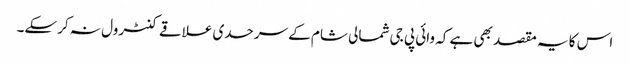
اس کا یہ مقصد بھی ہے کہ وائی پی جی شمالی شام کے سرحدی علاقے کنٹرول نہ کرسکے۔